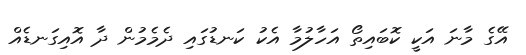
އޭގެ މާނަ އަކީ ކޮބައިތޯ އަހާލުމާ އެކު ކަނޑުގައި ދެމެމުން ދާ އޮއިގަނޑެއް